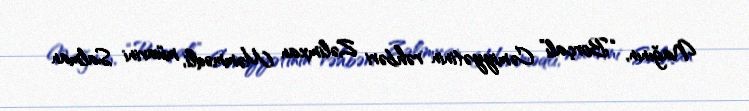
Nağının, “Borçalı” Cəmiyyətinin rəhbəri Zəlimxan Məmmədli, müavini Salman